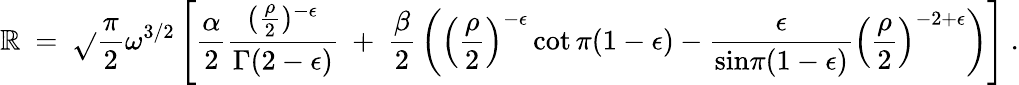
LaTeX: \mathbb{R}~=~{\sqrt{}{{\frac{{\pi}}{{2}}}}}\omega^{3/2}\left[{\frac{{\alpha}}{{2}}}\frac{{({\frac{{\rho}}{{2}}})^{-\epsilon}}}{{\Gamma(2-\epsilon)}}~+~{\frac{{\beta}}{{2}}}\left(\left({\frac{{\rho}}{{2}}}\right)^{-\epsilon}\cot\pi(1-\epsilon)-\frac{{\epsilon}}{{{\mathrm{{sin}}}\pi(1-\epsilon)}}\left({\frac{{\rho}}{{2}}}\right)^{-2+\epsilon}\right)\right]~.